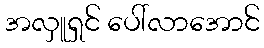
အလှူရှင် ပေါ်လာအောင်